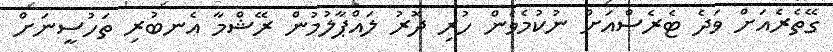
ގޭތެރެއަށް ވަދެ ޓެރެސްއަށް ނުކުމެވެން ހުރި ދޮރު ލައްޕާލުމުން ރޭޝްމާ އެނބުރި ތަހުސީނަށް